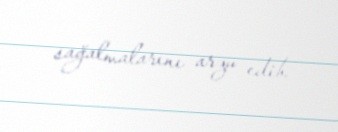
sağalmalarını arzu edib.